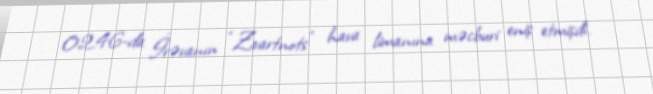
02.46-da İrəvanın “Zvartnots” hava limanına məcburi eniş etmişdi.